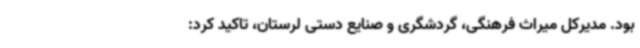
بود. مدیرکل میراث فرهنگی، گردشگری و صنایع دستی لرستان، تاکید کرد: